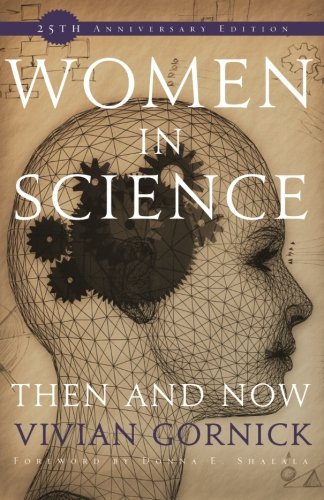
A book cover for Women in Science: Then and Now; Vivian Gornick; Science & Math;